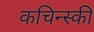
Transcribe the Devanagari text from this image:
कचिन्स्की